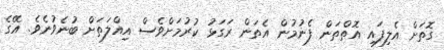
ގޮތަށް އެލިފައި އޮތްތަން ފެނުމުން އެތަން ރަގަޅު ކުރުމަށްވެސް އިއްލަތަށް ބުނެވުނެވެ. އޭގެ